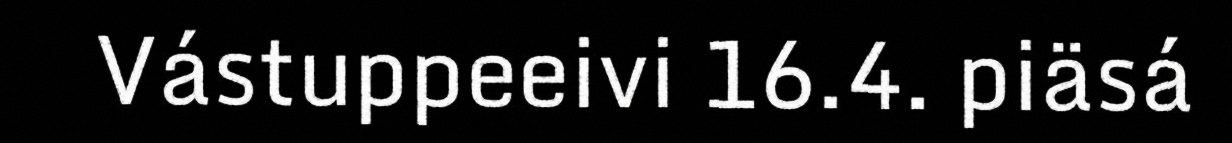
Vástuppeeivi 16.4. piäsá